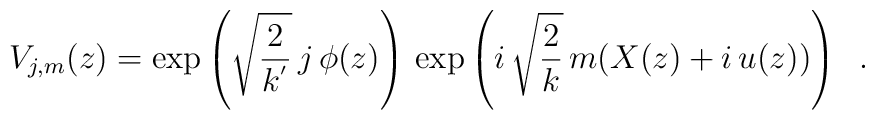
V_{j,m}(z) = \exp \left( \sqrt{\frac{2}{k^{'}}}\, j\, \phi(z)\right)\,\exp\left( i\,\sqrt{\frac{2}{k}}\, m (X(z) + i\, u(z)) \right) \;\; .